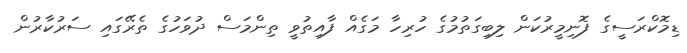
ޑިމޮކްރަސީގެ ފޮނިމީރުކަން ލިބިގަތުމުގެ ހުރިހާ މަގެއް ފާއިތުވީ ތިންމަސް ދުވަހުގެ ތެރޭގައި ސަރުކާރުން